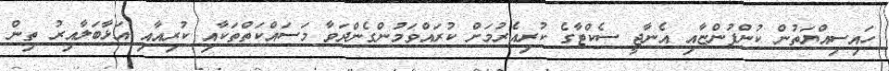
ހައިސިއްޔަތުން ކުންފުންޏާއި އެނާޖީ ސެކްޓާގެ ކުރިއެރުމަށް ކުރައްވަމުންގެންދަވާ މަސައްކަތްތަކާއި ކުރިއާއި އަޅާބަލާއިރު ތިން